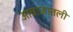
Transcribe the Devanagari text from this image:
आवाजातली